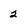
Character: 2